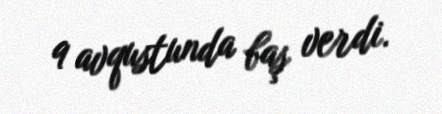
9 avqustunda baş verdi.